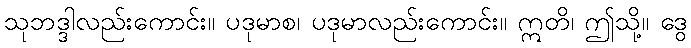
သုဘဒ္ဒါလည်းကောင်း။ ပဒုမာစ၊ ပဒုမာလည်းကောင်း။ ဣတိ၊ ဤသို့။ ဒွေ